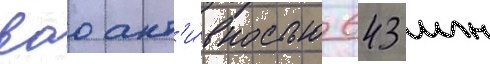
вао акт'и́вностью 643 млн